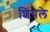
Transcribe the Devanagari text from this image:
शिंपले